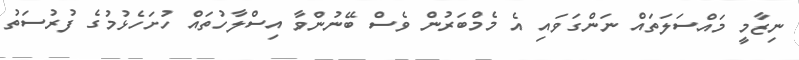
ނިޒާމީ މައްސަލަތައް ނަންގަވައި އެ މެމްބަރުން ވެސް ބޭނުންވާ އިސްލާހުތައް ހުށަހެޅުމުގެ ފުރުސަތު